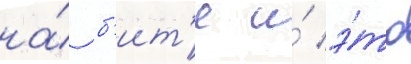
на́ б'ит'е и́ э́то